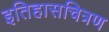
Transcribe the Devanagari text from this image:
इतिहासचित्रण